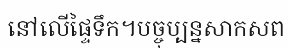
នៅលើផ្ទៃទឹក។បច្ចុប្បន្នសាកសព